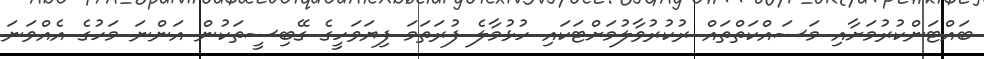
ބައްޓަންކުރުމަށާއި މަސައްކަތްތައް ރުކުރުވާލުމަށްޓަކައި ހުޅުމާލެ ފުރަތަމަ ފިޔަވަހީގެ ގޭބިސީތަކުން އަންނަ މަހުގެ އެއްވަނަ